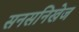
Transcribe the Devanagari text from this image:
सनसनिखेज